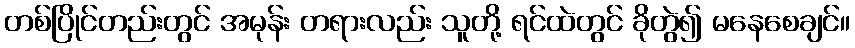
တစ်ပြိုင်တည်းတွင် အမုန်း တရားလည်း သူတို့ ရင်ထဲတွင် ခိုတွဲ၍ မနေစေချင်။